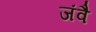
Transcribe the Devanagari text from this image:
जंवै